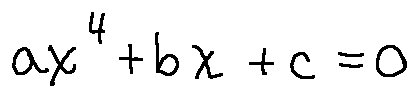
a x ^ { 4 } + b x + c = 0